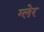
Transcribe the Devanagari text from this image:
ग्लेर